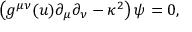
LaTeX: \left( g ^ { \mu \nu } ( u ) \partial _ { \mu } \partial _ { \nu } - \kappa ^ { 2 } \right) \psi = 0 ,